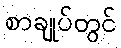
စာချုပ်တွင်